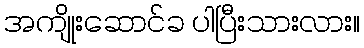
အကျိုးဆောင်ခ ပါပြီးသားလား။